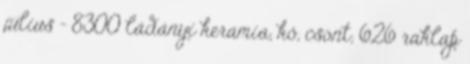
július - 8300 ládányi kerámia, kő, csont; 626 raklap